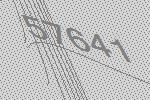
57641